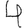
Digit: 4